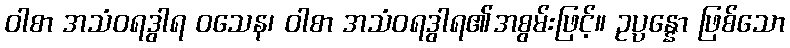
ဝါစာ အသံဝရဒွါရ ဝသေန၊ ဝါစာ အသံဝရဒွါရ၏အစွမ်းဖြင့်။ ဥပ္ပန္နော ဖြစ်သော